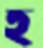
হ